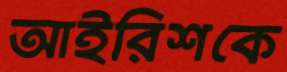
আইরিশকে